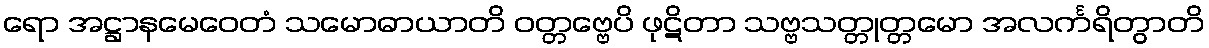
ရော အဋ္ဌာနမေဝေတံ သမောဓာယာတိ ဝတ္တဗ္ဗေပိ ဖုဋိတာ သဗ္ဗသတ္တုတ္တမော အလင်္ကရိတွာတိ